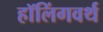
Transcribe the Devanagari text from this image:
हॉलिंगवर्थ